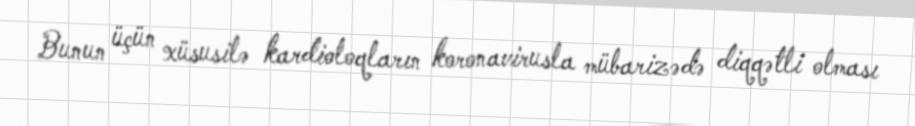
Bunun üçün xüsusilə kardioloqların koronavirusla mübarizədə diqqətli olması